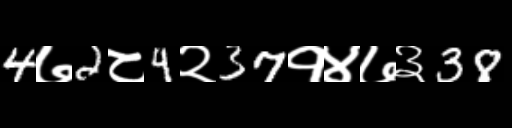
Text: 4७2८4२37१४७३38